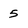
Character: 5